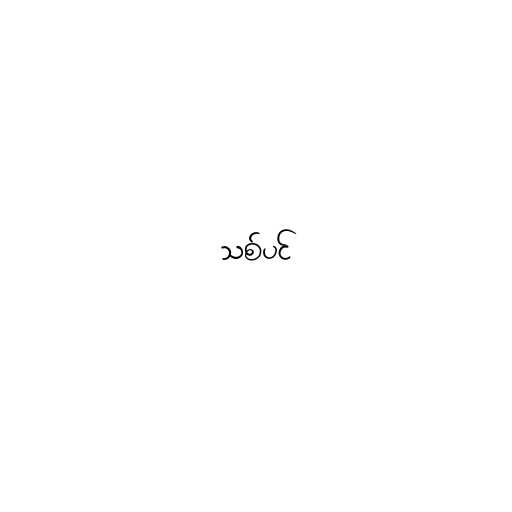
သစ်ပင်